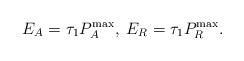
LaTeX: \begin{align*}{E_A} = \tau_1 P_A^{\max},\;{E_R} = \tau_1 P_R^{\max}.\end{align*}